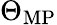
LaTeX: \Theta_{\mathrm{MP}}